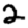
Digit: 2